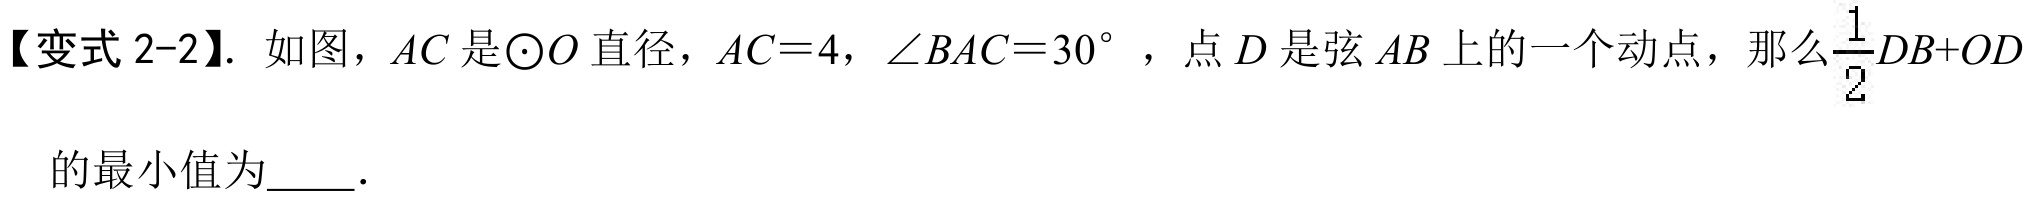
【变式 2-2】. 如图，\(AC\)是\(\odot O\)直径，\(AC = 4\)，\(\angle BAC = 30^{\circ}\)，点\(D\)是弦\(AB\)上的一个动点，那么\(\dfrac{1}{2}DB + OD\)的最小值为  .